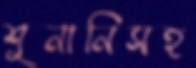
শুনানিসহ